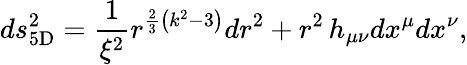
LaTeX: ds_{\mathrm{5D}}^{2}={\frac{1}{\xi^{2}}}r^{{\frac{2}{3}}\left(k^{2}-3\right)}dr^{2}+r^{2}\, h_{\mu\nu}dx^{\mu}dx^{\nu},